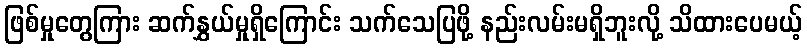
ဖြစ်မှုတွေကြား ဆက်နွှယ်မှုရှိကြောင်း သက်သေပြဖို့ နည်းလမ်းမရှိဘူးလို့ သိထားပေမယ့်